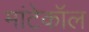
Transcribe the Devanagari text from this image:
मांटेकॉल